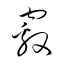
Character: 竅